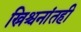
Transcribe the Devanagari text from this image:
ख्रिश्चनांतही